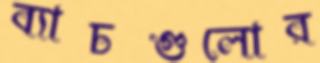
ব্যাচগুলোর